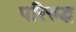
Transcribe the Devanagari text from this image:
परिरुद्ध